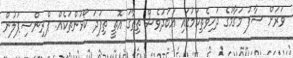
ވަރަށް ސާފު މަގާމުގެ ދަހިވެތިކަމުގައި އަބަދުވެސް ތިތާގަ އޮތީ ތިފަދަ ކޯޅުންތަކެއް. ޕްރިންސިޕަލުން